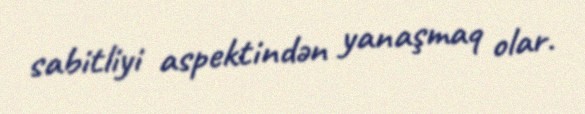
sabitliyi aspektindən yanaşmaq olar.